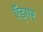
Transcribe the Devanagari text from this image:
ऍड्गर